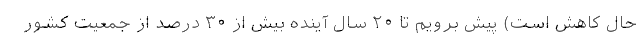
حال کاهش است) پیش برویم تا ۲۰ سال آینده بیش از ۳۰ درصد از جمعیت کشور